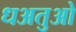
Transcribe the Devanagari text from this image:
धअतुओ